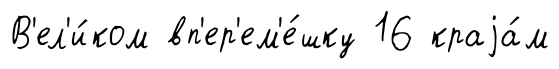
В'ел'и́ком вп'ер'ем'е́шку 16 краjа́м